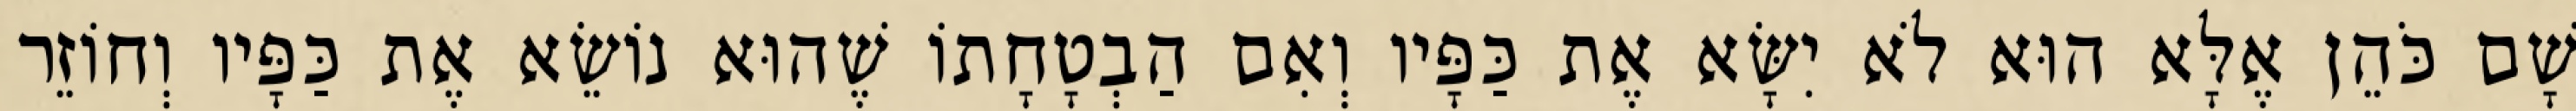
שָׁם כֹּהֵן אֶלָּא הוּא לֹא יִשָּׂא אֶת כַּפָּיו וְאִם הַבְטָחָתוֹ שֶׁהוּא נוֹשֵׂא אֶת כַּפָּיו וְחוֹזֵר